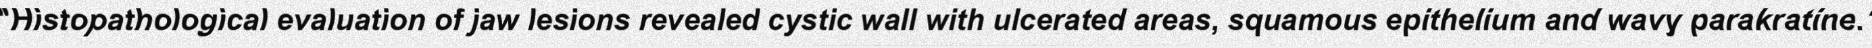
"Histopathological evaluation of jaw lesions revealed cystic wall with ulcerated areas, squamous epithelium and wavy parakratine."